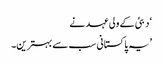
‘ دبئی کے ولی عہد نے
’یہ پاکستانی سب سے بہترین۔